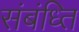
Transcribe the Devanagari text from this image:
संबंध्ति